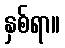
နှစ်ရာ။